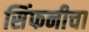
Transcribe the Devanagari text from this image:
सिंफनीचा